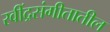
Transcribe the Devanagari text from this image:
रवींद्रसंगीतातील